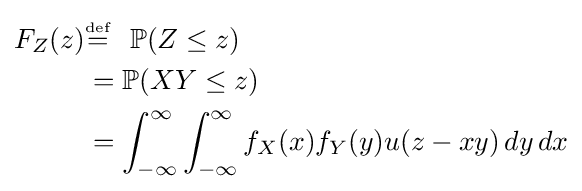
{\begin{aligned}F_{Z}(z)&{\overset {\underset {\mathrm {def} }{}}{=}}\ \ \mathbb {P} (Z\leq z)\\&=\mathbb {P} (XY\leq z)\\&=\int _{-\infty }^{\infty }\int _{-\infty }^{\infty }f_{X}(x)f_{Y}(y)u(z-xy)\,dy\,dx\end{aligned}}